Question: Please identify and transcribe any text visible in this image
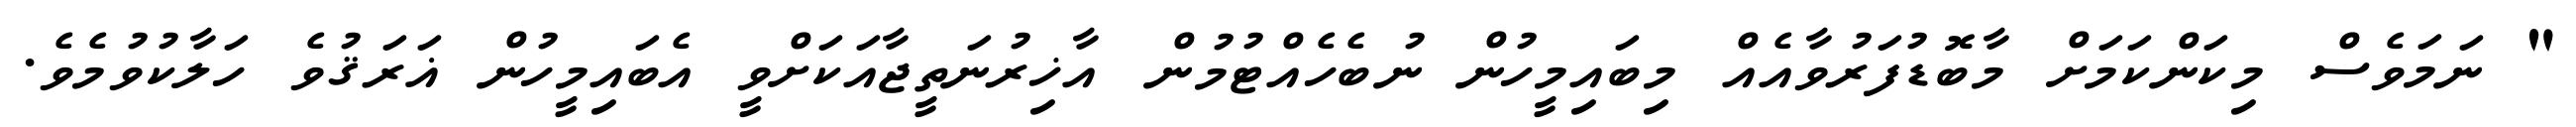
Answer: " ނަމަވެސް މިކަންކަމަށް މާބޮޑުފަރުވާއެއް މިބައިމީހުން ނުބެހެއްޓުމުން އާޚިރުނަތީޖާއަކަށްވީ އެބައިމީހުން ޣަރަޤުވެ ހަލާކުވުމެވެ.